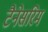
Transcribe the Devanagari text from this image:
टैनेसरिम